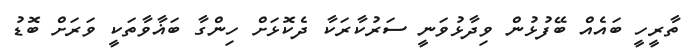
ތާރީހީ ބައެއް ބޭފުޅުން ވިދާޅުވަނީ ސަރުކާރަކާ ދެކޮޅަށް ހިންގާ ބަޣާވާތަކީ ވަރަށް ބޮޑު